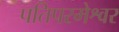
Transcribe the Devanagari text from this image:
पतिपरमेश्वर